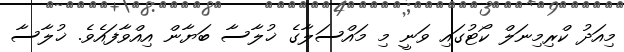
މިއަދު ކްރިމިނަލް ކޯޓުގައި ވަނީ މި މައްސަލާގެ ޚުލާސާ ބަޔާން އިއްވާފައެވެ. ޚުލާސާ